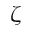
\zeta